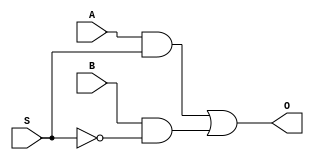
module mux_2_1(A, B, S, O);

	input A, B, S;
	output O;
	
	assign O = (A & S) | (B & (~S));
	
endmodule